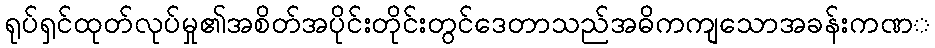
ရုပ်ရှင်ထုတ်လုပ်မှု၏အစိတ်အပိုင်းတိုင်းတွင်ဒေတာသည်အဓိကကျသောအခန်းကဏ္